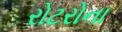
રોટરોના